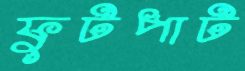
ফুটপাট